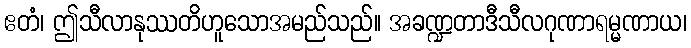
ဧတံ၊ ဤသီလာနုဿတိဟူသောအမည်သည်။ အခဏ္ဍတာဒီသီလဂုဏာရမ္မဏာယ၊